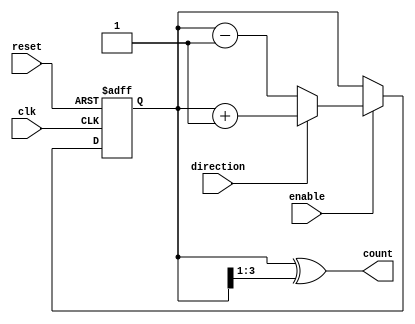
module Bidirectional_Gray_Counter (
    input wire clk,
    input wire reset,
    input wire enable,
    input wire direction,
    output reg [3:0] count
);

reg [3:0] count_gray;
always @(posedge clk or posedge reset) begin
    if (reset) begin
        count_gray <= 4'b0000;
    end else if (enable) begin
        if (direction) begin
            count_gray <= count_gray + 1;
        end else begin
            count_gray <= count_gray - 1;
        end
    end
end

assign count = count_gray ^ (count_gray >> 1);

endmodule